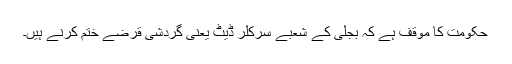
حکومت کا موقف ہے کہ بجلی کے شعبے سرکلر ڈیٹ یعنی گردشی قرضے ختم کرنے ہیں۔